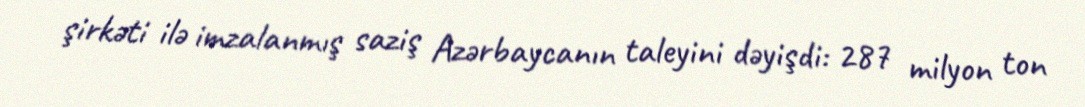
şirkəti ilə imzalanmış saziş Azərbaycanın taleyini dəyişdi: 287 milyon ton